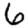
Digit: 6